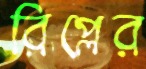
রিপ্লের